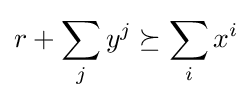
r+\sum _{j}y^{j}\succeq \sum _{i}x^{i}